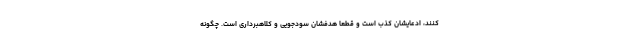
کنند، ادعایشان کذب است و قطعا هدفشان سودجویی و کلاهبرداری است. چگونه